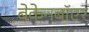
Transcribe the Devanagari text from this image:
बेकेनबॉएर